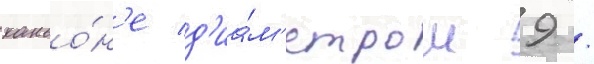
каньо́н'е д'иа́м'етром 9 /